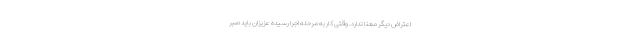
اعتراض دیگر معنا ندارد. وقتی کار به مرحله اجرا رسیده عزیزان باید صبر